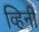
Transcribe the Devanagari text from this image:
व्हिनी